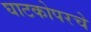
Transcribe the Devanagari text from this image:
घाटकोपरचे